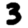
Digit: 3